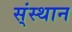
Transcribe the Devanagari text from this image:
स्ंस्थान